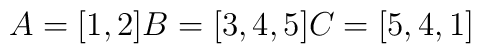
A = [1,2]\\		      B = [3,4,5]\\		      C = [5,4,1]